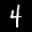
Digit: 4